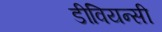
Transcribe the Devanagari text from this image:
डीवियन्सी